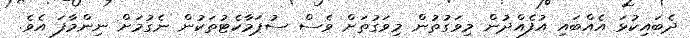
ދެބައިކުޅަ އެއްބައި އުފެއްދުން މިވަގުތުން މިވަގުތަށް ވެސް ސުޕަމާކެޓުތަކުން ނެގުމަށް ނިންމާފަ އެވެ.